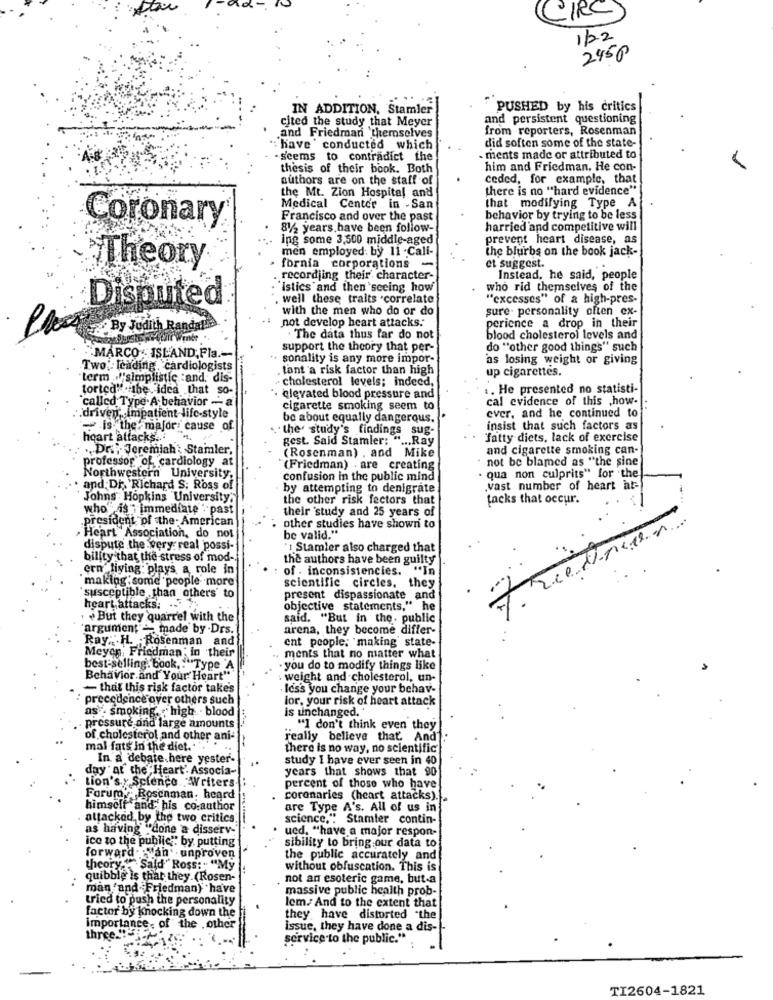
CIRC
122
2450
IN ADDITION, Stamler
PUSHED by his critics
cited the study that Meyer
and persistent questioning
and Friedmani 'themselves
from reporters, Rosenman
did soften some of the state-
" have ' conducted which
seems to contradict the
- ments made or attributed to
thesis of their book. Both
him and Friedman. He con-
authors are on the staff of
ceded, for example, that
there is no "hard evidence"
the Mt. Zion Hospital and
Medical Center in -San
that modifying Type A
Coronary
Francisco and over the past
behavior by trying to be less
812 years have been follow-
harried and competitive will
ing some 3,500 middle-aged
prevent heart disease, as
men employed: by 11 - Cali-
the blurbs on the book jack-
Theory
fornia corporations -
et suggest.
recordjing their character-
Instead, he said, people
'Istics and then seeing how
who rid themselves of the
Disputed
. well these traits .correlate
"excesses" of a high-pres-
with the men who do or do
sure. personality often ex-
not develop heart attacks.
By Judith Randal
perience a drop in their
. The data thus far do not
blood cholesterol levels and
support the theory that per-
do "other good things" such
MARCO ISLAND, Fla .-
· sonality is any more impor-
as losing weight or giving
Two. leading cardiologists
tant a risk factor than high
up cigarettes.
term .l"simplistic :and. dis-
· cholesterol levels; indeed,
torted" the idea that so-
.. He presented no statisti-
· elevated blood pressure and
cal evidence of this ,how-
called Type A behavior - a
cigarette smoking seem to
ever, and he continued to
.. driven, impatient life-style
be about equally dangerous.
~ is the major: cause of
the' study's findings sug-
insist that such factors as
heart attacks ...
gest. Said Stamler: " ... Ray
fatty diets, lack of exercise
.Dr .; Jeremiah: Stamler,
and cigarette smoking can-
professor of cardiology at
(Rosenman) . and Mike
· not be blamed as "the sine
(Friedman) . are creating
Northwestern University.
confusion in the public mind
. qua non culprits" for the
and Dr. 'Richard S; Ross of
by attempting to denigrate
.vast number of heart at-
Johns Hopkins University,
the other risk factors that
tacks that occur.
who is " immediate : past
their study and 25 years of
.president of the- American
other studies have shown to
Heart Association, do not
be valid."
dispute the very: real possi-
' Stamler also charged that
bility that the stress of mod-
the authors have been guilty
ern' living: plays a role in
of . inconsistencies. "In
making some people .more
scientific circles. they
susceptible than others' to
present dispassionate and
heart attacks. ... .
objective statements," he
But they quarrel with the
said, "But in the. public
argument made by -Drs.
arena, they become differ-
Ray. H. Rosenman and
ent people; making state-
Meyer : Friedman: in their
ments that no matter what
best-selling. book, : "Type 'A
you do to modify things like
Behavior and Your Heart"
weight and cholesterol, un-
- that this risk factor take's
Ics's you change your behav-
precedence over others such
lor, your risk of heart attack
as". smoking. high . blood
is unchanged.
pressure and large amounts
"I don't think even they
of cholesterol and other ani-
really believe that. And
mal fats in the diet ...
there is no way, no scientific
In a debate.here yester-
study I have ever seen in 40
day at the Heart' Associa-
years that shows that 90
Lion's y Science "Writers.
percent of those who have!
Forumy. Rosenman. heard
coronaries (heart attacks).
himself and his co-author
are Type A's. All of us in
attacked by the two critics.
science."" Stamter contin-
as having "done a disserv-
ucd. "have a major respon-
ice to the public ;: by putting
sibility to bring our data to
forward ."lan' unproven
the public accurately and
theory."Sald " Ross:" "My
without obfuscation. This is
quibble is that they (Rosen-
not an esoteric game, but-a
man "and Friedman) have
massive public health prob-
tried to push the personality
lem. And to the extent that
factor by knocking down the
they have distorted "the
importance, of the . other
issue, they have done a dis-
three.
service to the public."
TI2604-1821